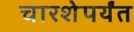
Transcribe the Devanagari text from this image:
चारशेपर्यंत